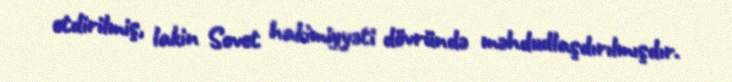
etdirilmiş, lakin Sovet hakimiyyəti dövründə məhdudlaşdırılmışdır.